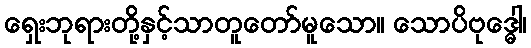
ရှေးဘုရားတို့နှင့်သာတူတော်မူသော။ သောပိဗုဒ္ဓေါ၊